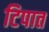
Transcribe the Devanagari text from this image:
टिपात